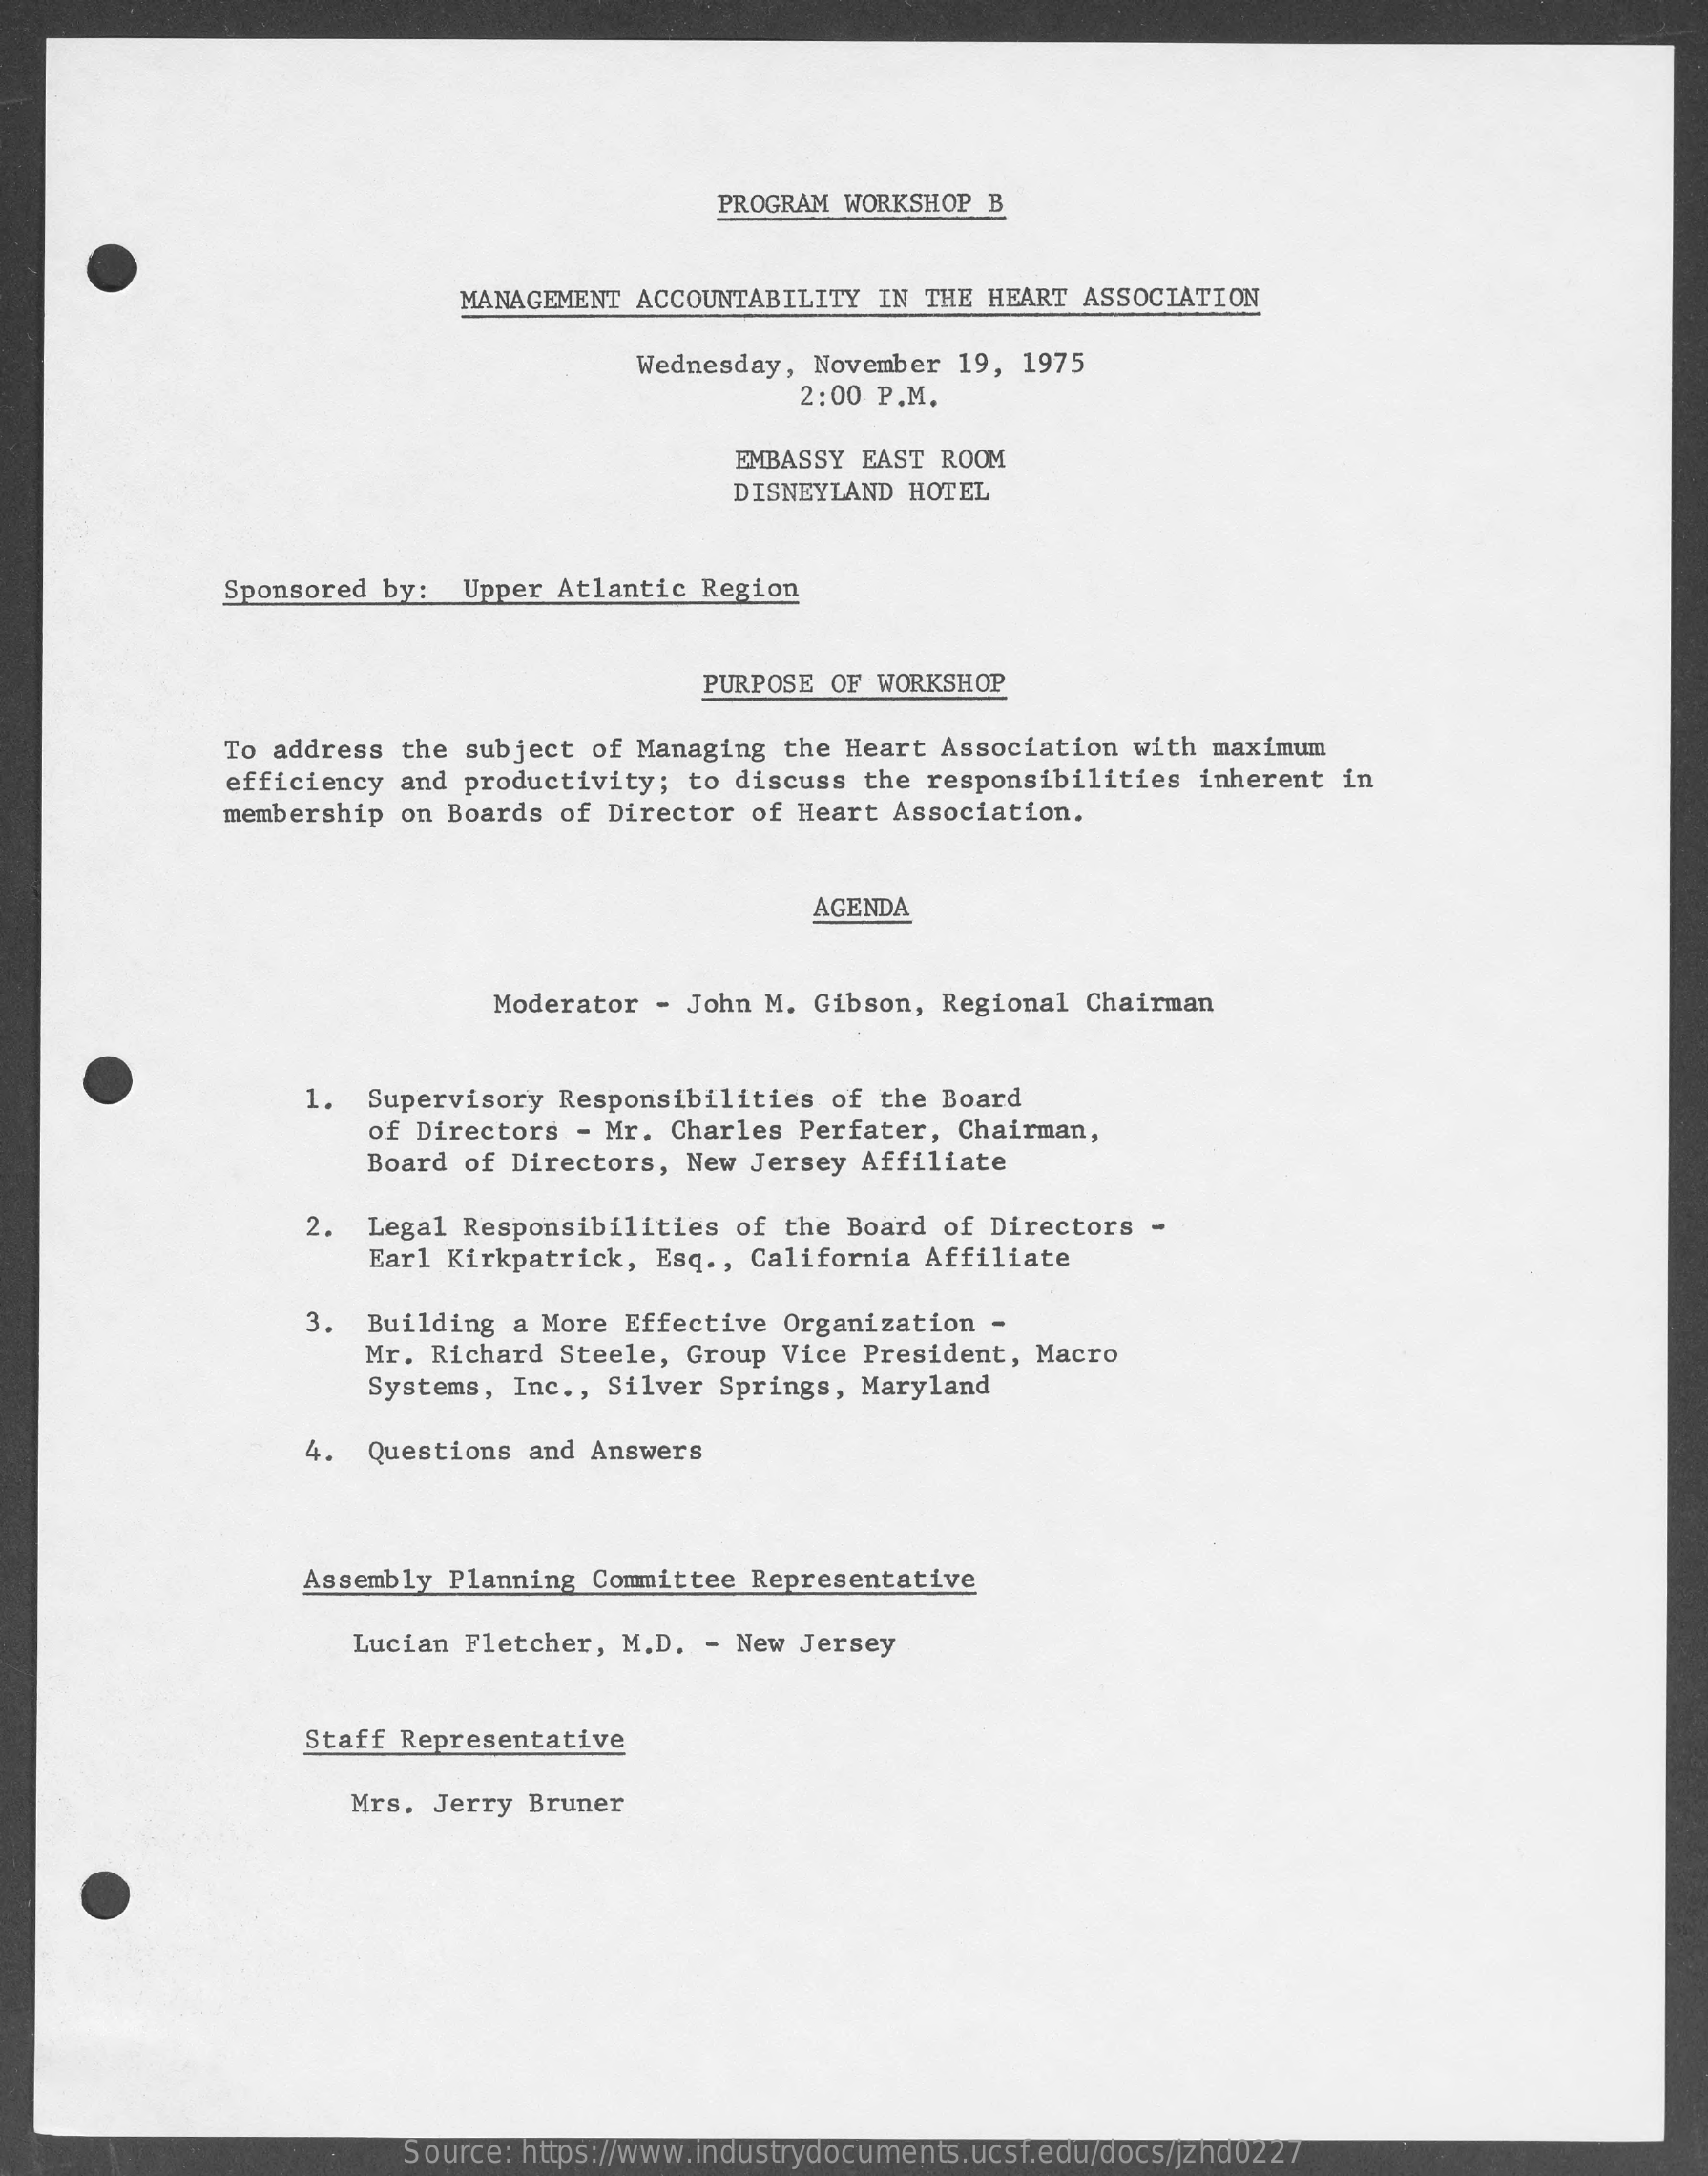
PROGRAM WORKSHOP B
     MANAGEMENT ACCOUNTABILITY IN THE HEART ASSOCIATION
     Wednesday, November 19, 1975
     2:00 P.M.
     EMBASSY EAST ROOM
     DISNEYLAND HOTEL
     Sponsored by: Upper Atlantic Region
     PURPOSE OF WORKSHOP
     To address the subject of Managing the Heart Association with maximum
     efficiency and productivity; to discuss the responsibilities inherent in
     membership on Boards of Director of Heart Association.
     AGENDA
     Moderator - John M. Gibson, Regional Chairman
     1.  Supervisory Responsibilities of the Board
     of Directors - Mr. Charles Perfater, Chairman,
     Board of Directors, New Jersey Affiliate
     2. Legal Responsibilities of the Board of Directors -
     Earl Kirkpatrick, Esq ., California Affiliate
     3.  Building a More Effective Organization -
     Mr. Richard Steele, Group Vice President, Macro
     Systems, Inc ., Silver Springs, Maryland
     4.  Questions and Answers
     Assembly Planning Committee Representative
     Lucian Fletcher, M.D. - New Jersey
     Staff Representative
     Mrs. Jerry Bruner
     Source: https://www.industrydocuments.ucsf.edu/docs/jzhd0227